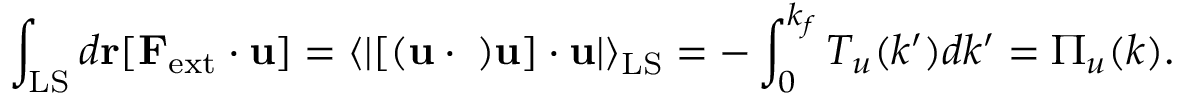
\int _ { \mathrm { L S } } d { \bf r } [ { \bf F } _ { \mathrm { e x t } } \cdot { \bf u } ] = \left\langle { \lvert \bf { [ ( u \cdot \nabla ) u ] \cdot u } \rvert } \right\rangle _ { \mathrm { L S } } = - \int _ { 0 } ^ { k _ { f } } T _ { u } ( k ^ { \prime } ) d k ^ { \prime } = \Pi _ { u } ( k ) .